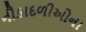
નૌકાદળીઓના